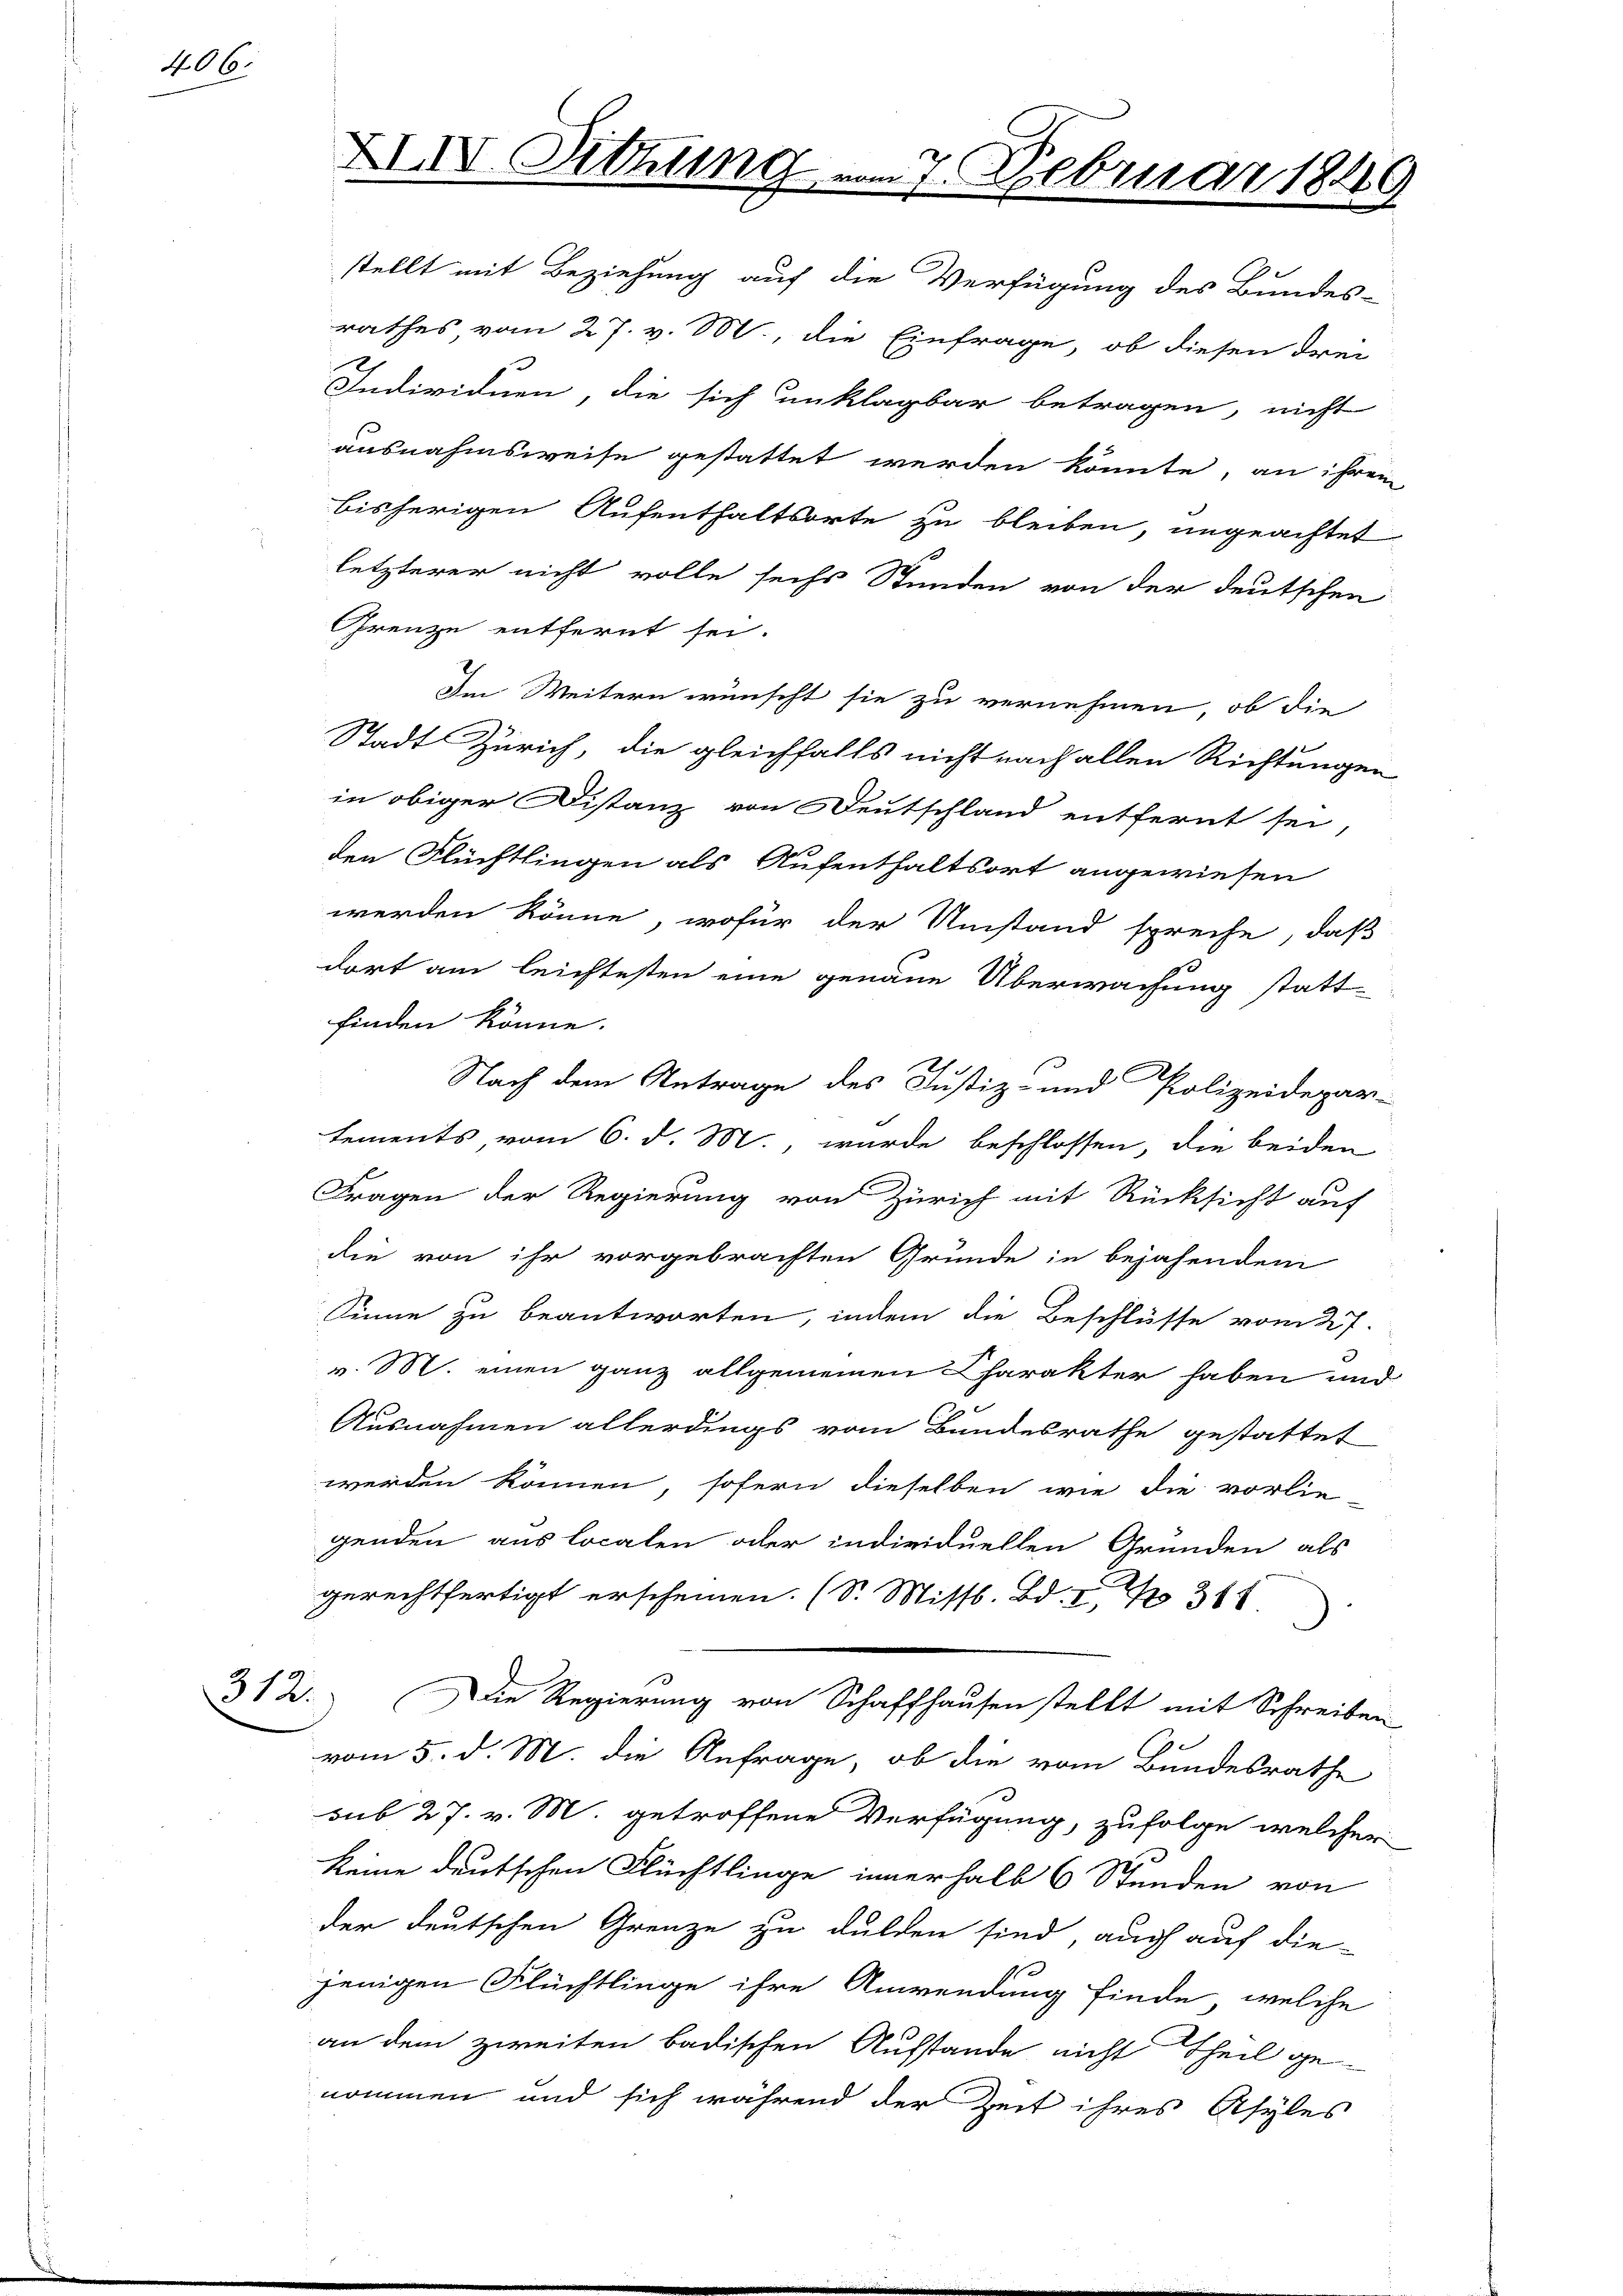
406.

XIV. Sitzung am 7. Februar 1849
.

stellt mit Beziehung auf die Verfügung des Bundes-
rathes, vom 27. v. M., die Einfrage, ob diesen drei
Individuen, die sich unklagbar betragen, nicht
ausnahmsweise gestattet werden könnte, an ihrem
bisherigen Aufenthaltsorte zu bleiben, ungeachtet
letzterer nicht volle sechs Stunden von der deutschen
Grenze entfernt sei.
Im Weitern wünscht sie zu vernehmen, ob die
Stadt Zürich, die gleichfalls nicht nach allen Richtungen
in obiger Distanz von Deutschland entfernt sei,
den Flüchtlingen als Aufenthaltsort angewiesen
werden könne, wofür der Umstand spreche, daß
dort am leichtesten eine genaue Überwachung statt-
finden könne.
Nach dem Antrage des Justiz- und Polizeidepar-
tements, vom 6. d. M., wurde beschlossen, die beiden
Fragen der Regierung von Zürich mit Rücksicht auf
die von ihr vorgebrachten Gründe in bejahendem
Sinne zu beantworten, indem die Beschlüsse vom 27.
v. M. einen ganz allgemeinen Charakter haben und
Ausnahmen allerdings vom Bundesrathe gestattet
werden können, sofern dieselben wie die vorlie
genden aus Localen oder individuellen Gründen als
gerechtfertigt erscheinen. (S. Missl. Bd. I, 311
312. Die Regierung von Schaffhausen stellt mit Schreiben
vom 5. d. M. die Anfrage, ob die vom Bundesrathe
sub 27. v. M. getroffene Verfügung, zufolge welcher
keine deutschen Flüchtlinge innerhalb 6 Stunden von
der deutschen Grenze zu dulden sind, auch auf die-
jenigen Flüchtlinge ihre Anwendung finde, welche
an dem zweiten badischen Aufstande nicht Theil genommen und sich während der Zeit ihres Asyles